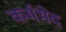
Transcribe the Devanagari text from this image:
कर्मभेद